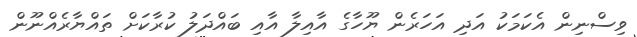
ވިސްނިން އެކަމަކު އަދި އަހަރެން ޔޫހާގެ އާއިލާ އާއި ބައްދަލު ކުރާކަށް ތައްޔާރެއްނޫން